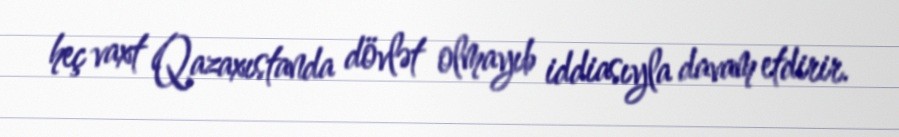
heç vaxt Qazaxıstanda dövlət olmayıb iddiasıyla davam etdirir.